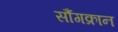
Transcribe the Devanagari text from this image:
सौंगक्रान